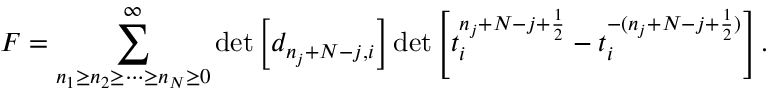
{ \cal F } = \sum _ { n _ { 1 } \geq n _ { 2 } \geq \cdots \geq n _ { N } \geq 0 } ^ { \infty } \operatorname * { d e t } \left[ d _ { n _ { j } + N - j , i } \right] \operatorname * { d e t } \left[ t _ { i } ^ { n _ { j } + N - j + \frac { 1 } { 2 } } - t _ { i } ^ { - ( n _ { j } + N - j + \frac { 1 } { 2 } ) } \right] .